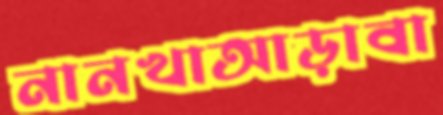
নানখাআড়াবা